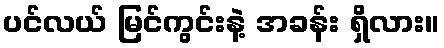
ပင်လယ် မြင်ကွင်းနဲ့ အခန်း ရှိလား။